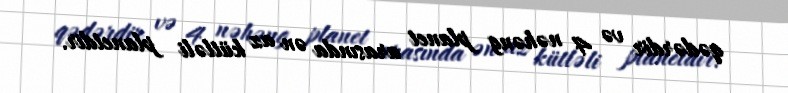
qədərdir və 4 nəhəng planet arasında ən az kütləli planetdir.